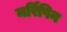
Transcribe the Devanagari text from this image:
मर्रिपिन